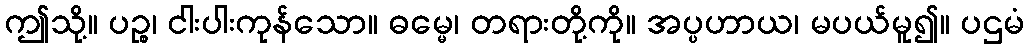
ဤသို့။ ပဉ္စ၊ ငါးပါးကုန်သော။ ဓမ္မေ၊ တရားတို့ကို။ အပ္ပဟာယ၊ မပယ်မူ၍။ ပဌမံ